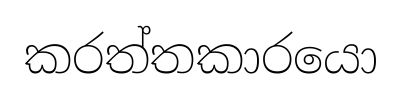
කරත්තකාරයො